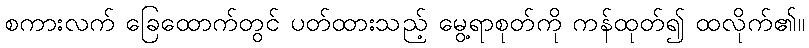
စကားလက် ခြေထောက်တွင် ပတ်ထားသည့် မွေ့ရာစုတ်ကို ကန်ထုတ်၍ ထလိုက်၏။